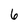
Character: 6